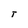
Character: T